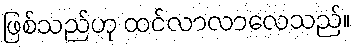
ဖြစ်သည်ဟု ထင်လာလာလေသည်။